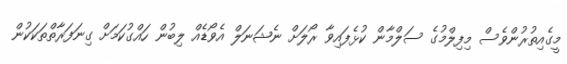
މީގެއިތުރުންވެސް މިފިލްމުގެ ސަލްމާން ކުޅެފައިވާ ރޯލަށް ނެޝަނަލް އެވޯޑެއް ލިބުން ހައްގުކަމަށް ގިނަފަރާތްތަކަކުން